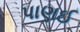
પાણઈ